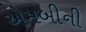
એમબીની